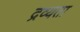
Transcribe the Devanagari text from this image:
द्रव्यता